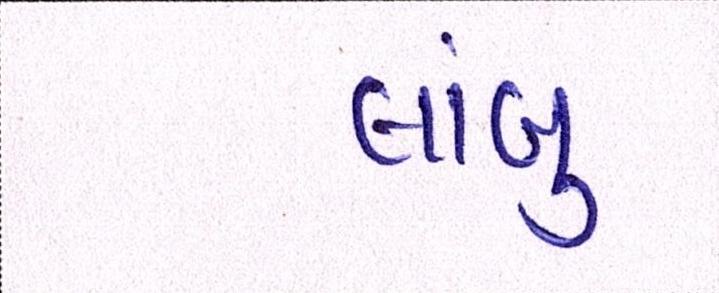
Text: લાંબુ